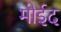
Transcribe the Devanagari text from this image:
मोईद